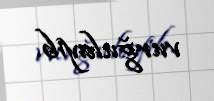
vurğulayıb.